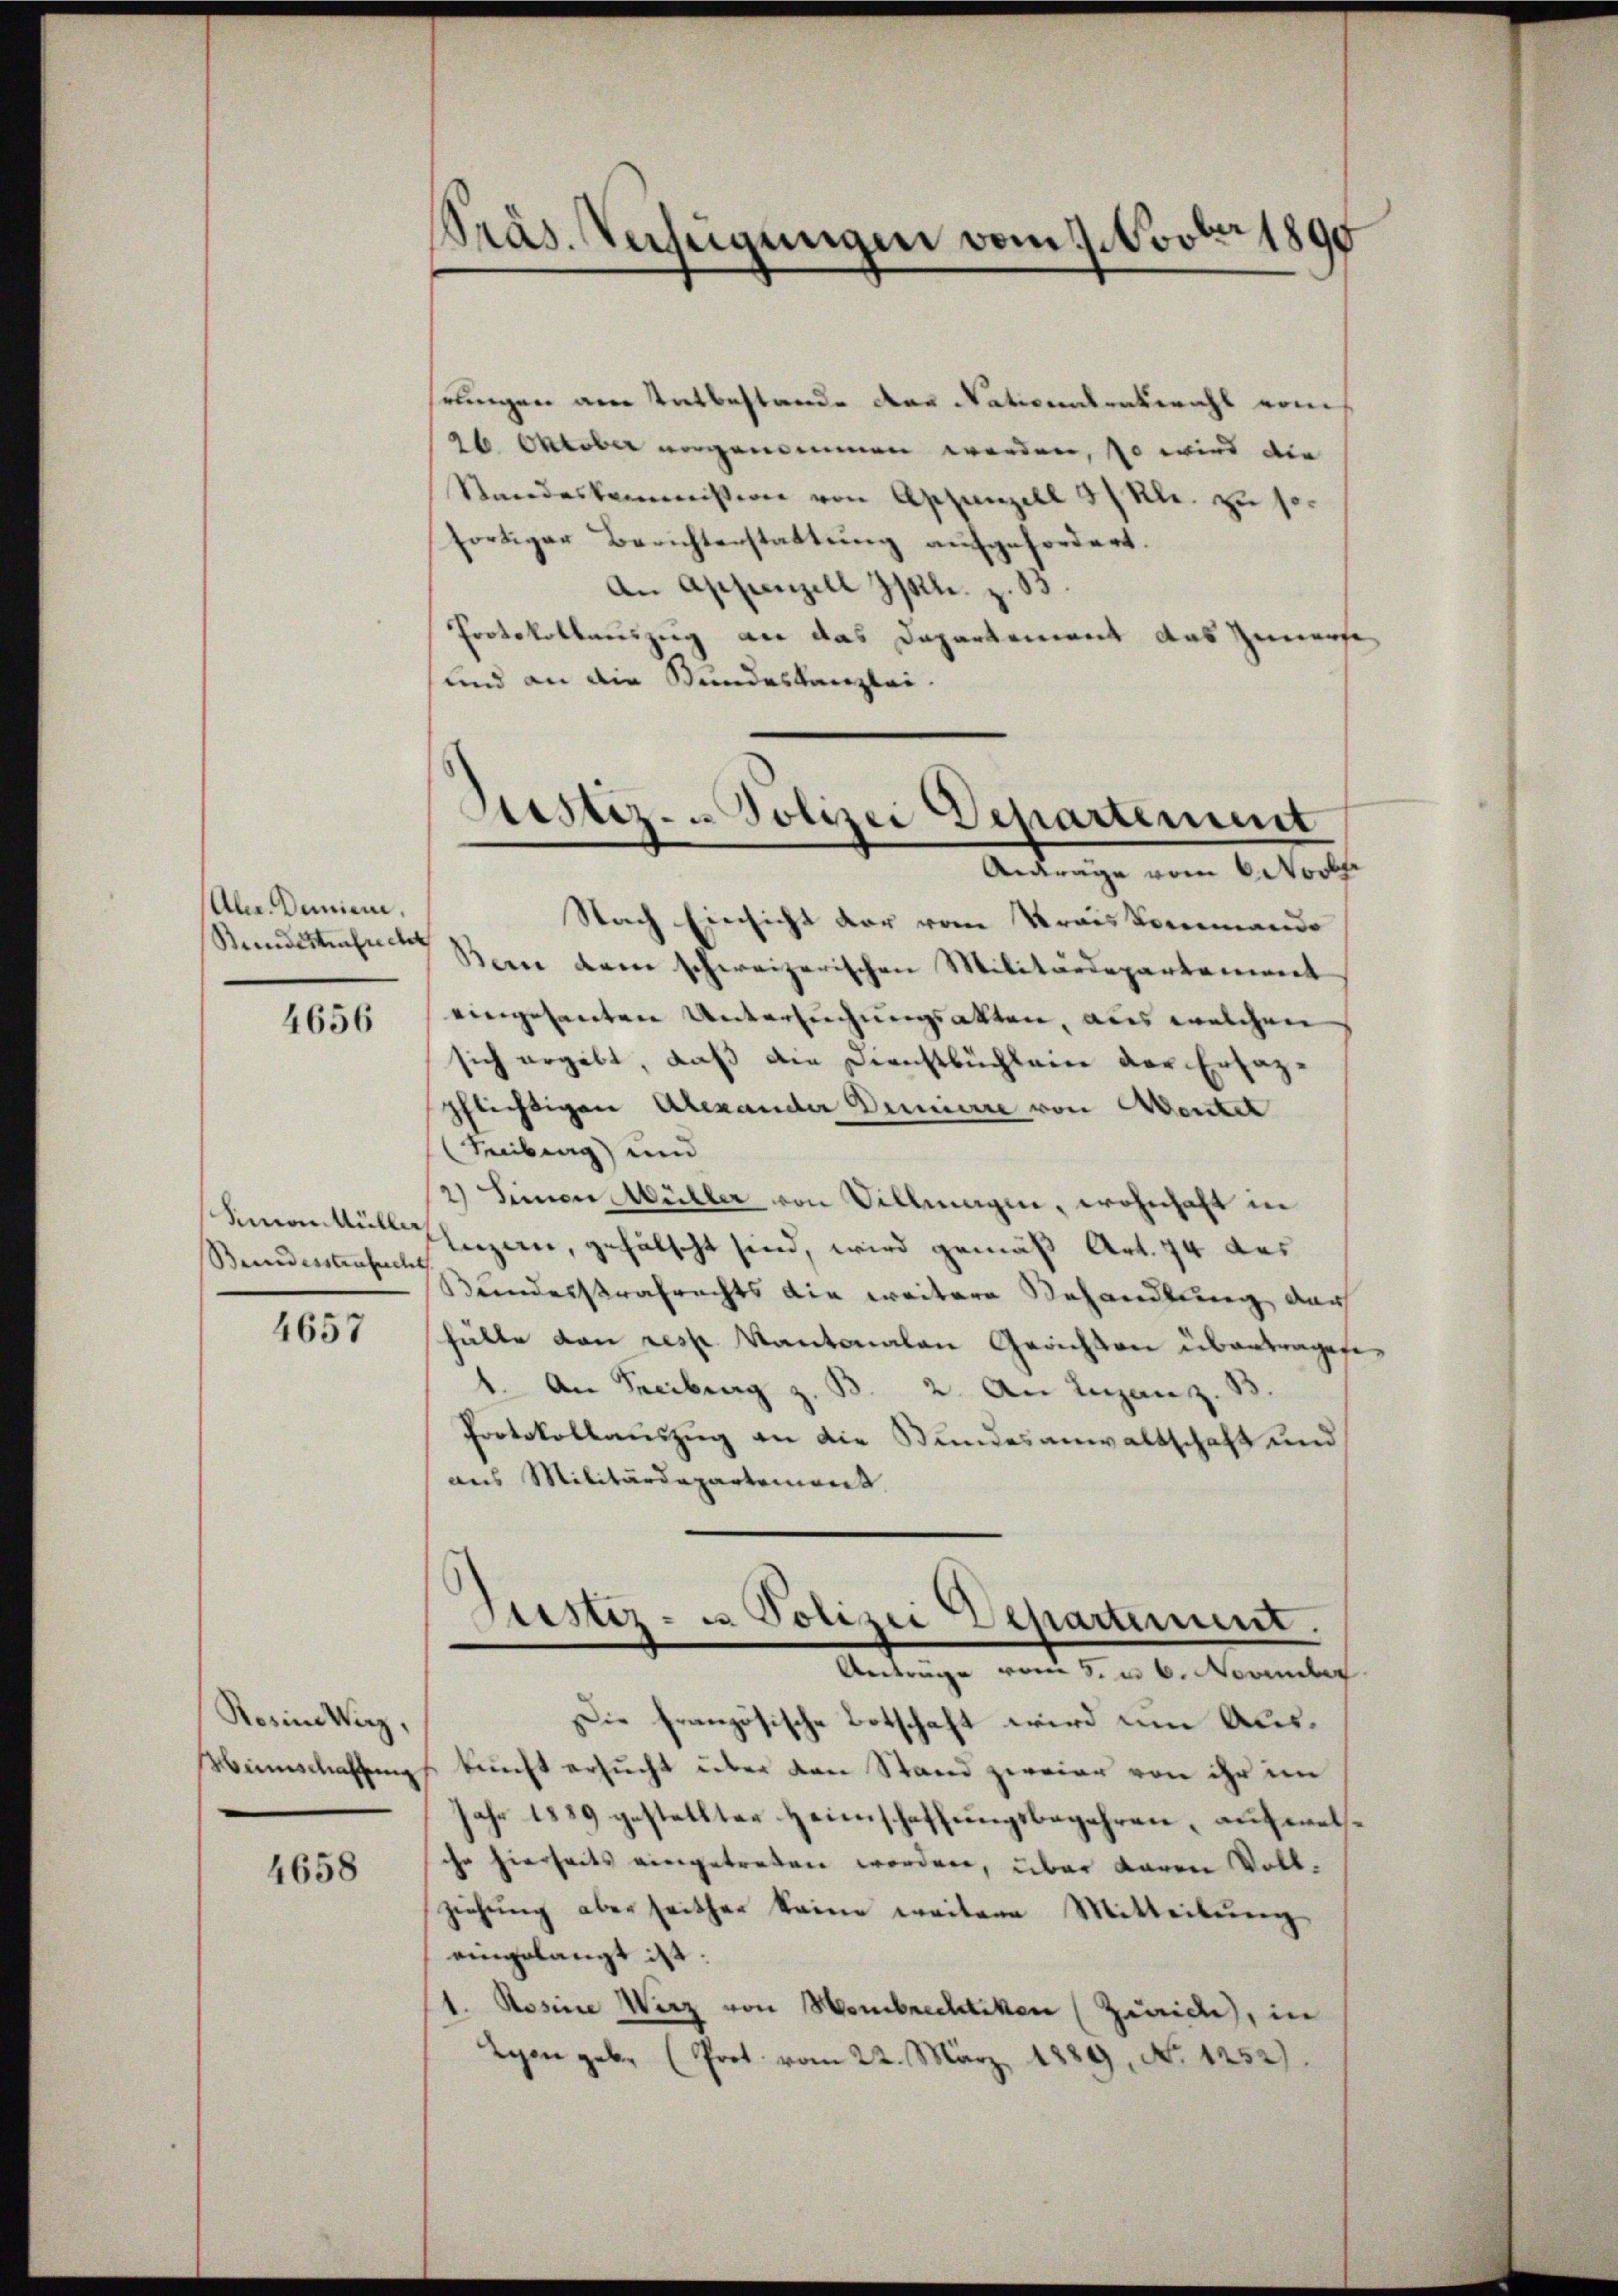
Aler. Danien.
Stundestende

4656

manaülli
Beundesstrafrecht

4657

Rosine Wirz,
Hinschaffung

4658

Präs. Verzeigungen vom 7. Novber 1890

hrungen am Entbestande der Nationnenbericht vom
26 Oktober ungenommen worden, so wird die
Standeskommission von Aschanzell 3/ Kl. zu sor
fortiger Berichterstattung aufgefordert.
An Appenzell Issl. z. B.
Protokollauszug an das Departement das Zimerse
und an die Stundeskanzlei.

Destiz- & Polizei Departement
Andräge vom 6. Novbr.

Nach Einsicht der vom Krais kommando
Bei dem schweizerischen Militärdepartement
eingesanten Untersuchungsakten, aus welchen
sich ergibt, daß die Dienstbüchlein der Ersazpflichtigen Alexander Deniere von Mentel
Kiburg) und
2) Seinen Müller von Villmagen, wohnhaft in
luzern, gefälscht sind, wird gemäß Art. 74 des
Bundesstrafrechts die weitere Behandlung der
Fülle von resp. Kantonalen Gerichten übertragen,
1. An Freiburg z. B. 2. An Ingan z. B.
Protokollauszug an die Bundesanwaltschaft und
aus Militärdepartement
Justiz- u. Polizei Departement.
Antrage vom 5. u 6. November
Die französische Botschaft wird um Auskunft ersucht über den Stand zweier von ihr im
Jahr 1889 gestellter Heimschaffungsbegehren, auf welche hierseits eingetreten worden, über daren Vollziehung aber seither keine weitere Mitteilung
eingelangt ist.
1. Rosine Wirz von Hombrechtiken (Zürich, in
Lyon geben (Prot vom 22. März 1889, No 1252).